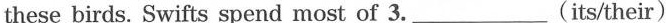
these birds. Swifts spend most of 3.___(its/their)